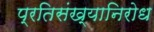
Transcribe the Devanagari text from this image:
प्रतिसंख्यानिरोध